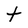
Character: t